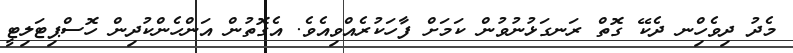
މެދު ދިވެހިްނ ދެކޭ ގޮތް ރަނގަޅުނުވުން ކަމަށް ފާހަކުރެއްވިއެވެ. އެގޮތުން އަންހެންކުދިން ހޮސްޕިޓަލިޓީ